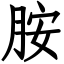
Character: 胺